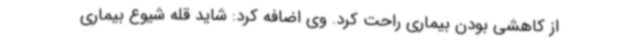
از کاهشی بودن بیماری راحت کرد. وی اضافه کرد: شاید قله شیوع بیماری